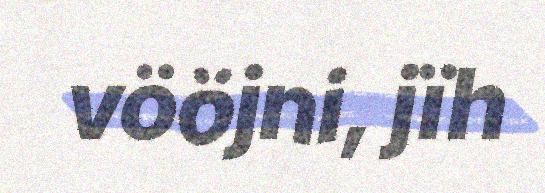
vööjni, jïh